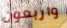
واربعون